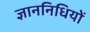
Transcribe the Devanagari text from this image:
ज्ञाननिधियों